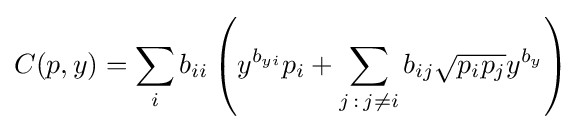
C(p,y)=\sum _{i}b_{ii}\left(y^{b_{yi}}p_{i}+\sum _{j\,:\,j\neq i}b_{ij}{\sqrt {p_{i}p_{j}}}y^{b_{y}}\right)